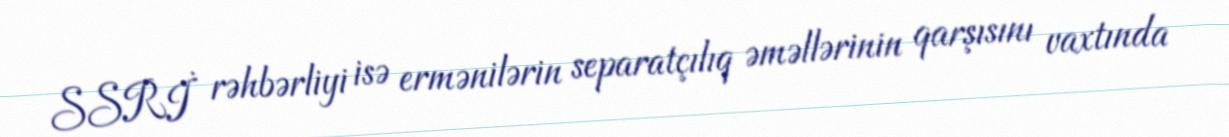
SSRİ rəhbərliyi isə ermənilərin separatçılıq əməllərinin qarşısını vaxtında